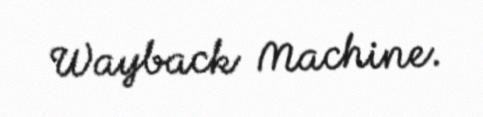
Wayback Machine.